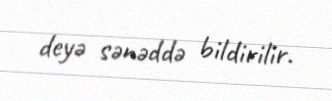
deyə sənəddə bildirilir.